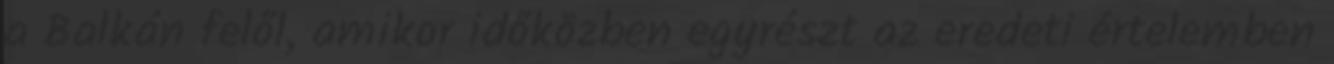
a Balkán felől, amikor időközben egyrészt az eredeti értelemben